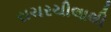
રાચરચીલાથી